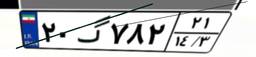
۷۲گ۱۷۰۱۹